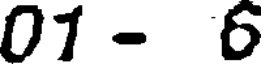
01 - 6